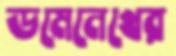
ডমেনেখের